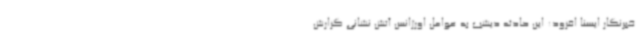
خبرنگار ایسنا افزود: این حادثه دیشب به عوامل اورژانس آتش نشانی گزارش